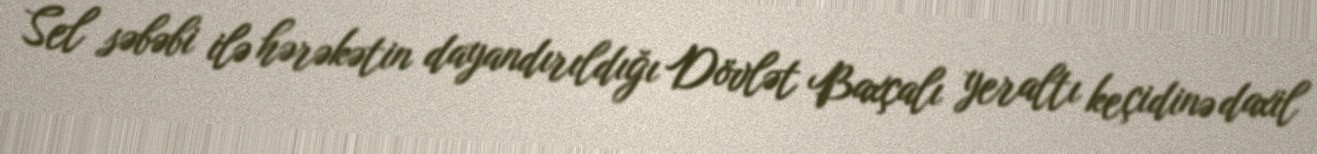
Sel səbəbi ilə hərəkətin dayandırıldığı Dövlət Baxçalı yeraltı keçidinə daxil